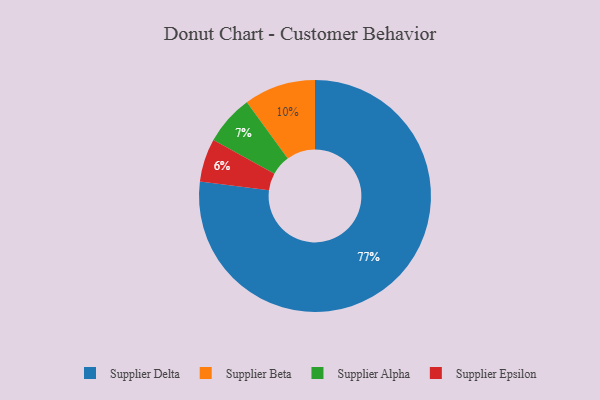
{"axis": {"x": "Category", "y": "Percentage"}, "legend": ["Supplier Alpha", "Supplier Beta", "Supplier Delta", "Supplier Epsilon"], "data": [{"x": "Supplier Beta", "y": 10, "type": "Supplier Beta"}, {"x": "Supplier Epsilon", "y": 6, "type": "Supplier Epsilon"}, {"x": "Supplier Alpha", "y": 7, "type": "Supplier Alpha"}, {"x": "Supplier Delta", "y": 77, "type": "Supplier Delta"}]}